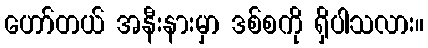
ဟော်တယ် အနီးနားမှာ ဒစ်စကို ရှိပါသလား။